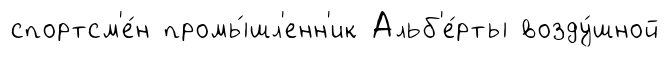
спортсм'е́н промы́шл'енн'ик Альб'е́рты возду́шной